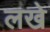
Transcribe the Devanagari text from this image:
लखे